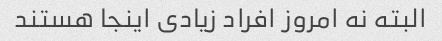
البته نه امروز افراد زیادی اینجا هستند